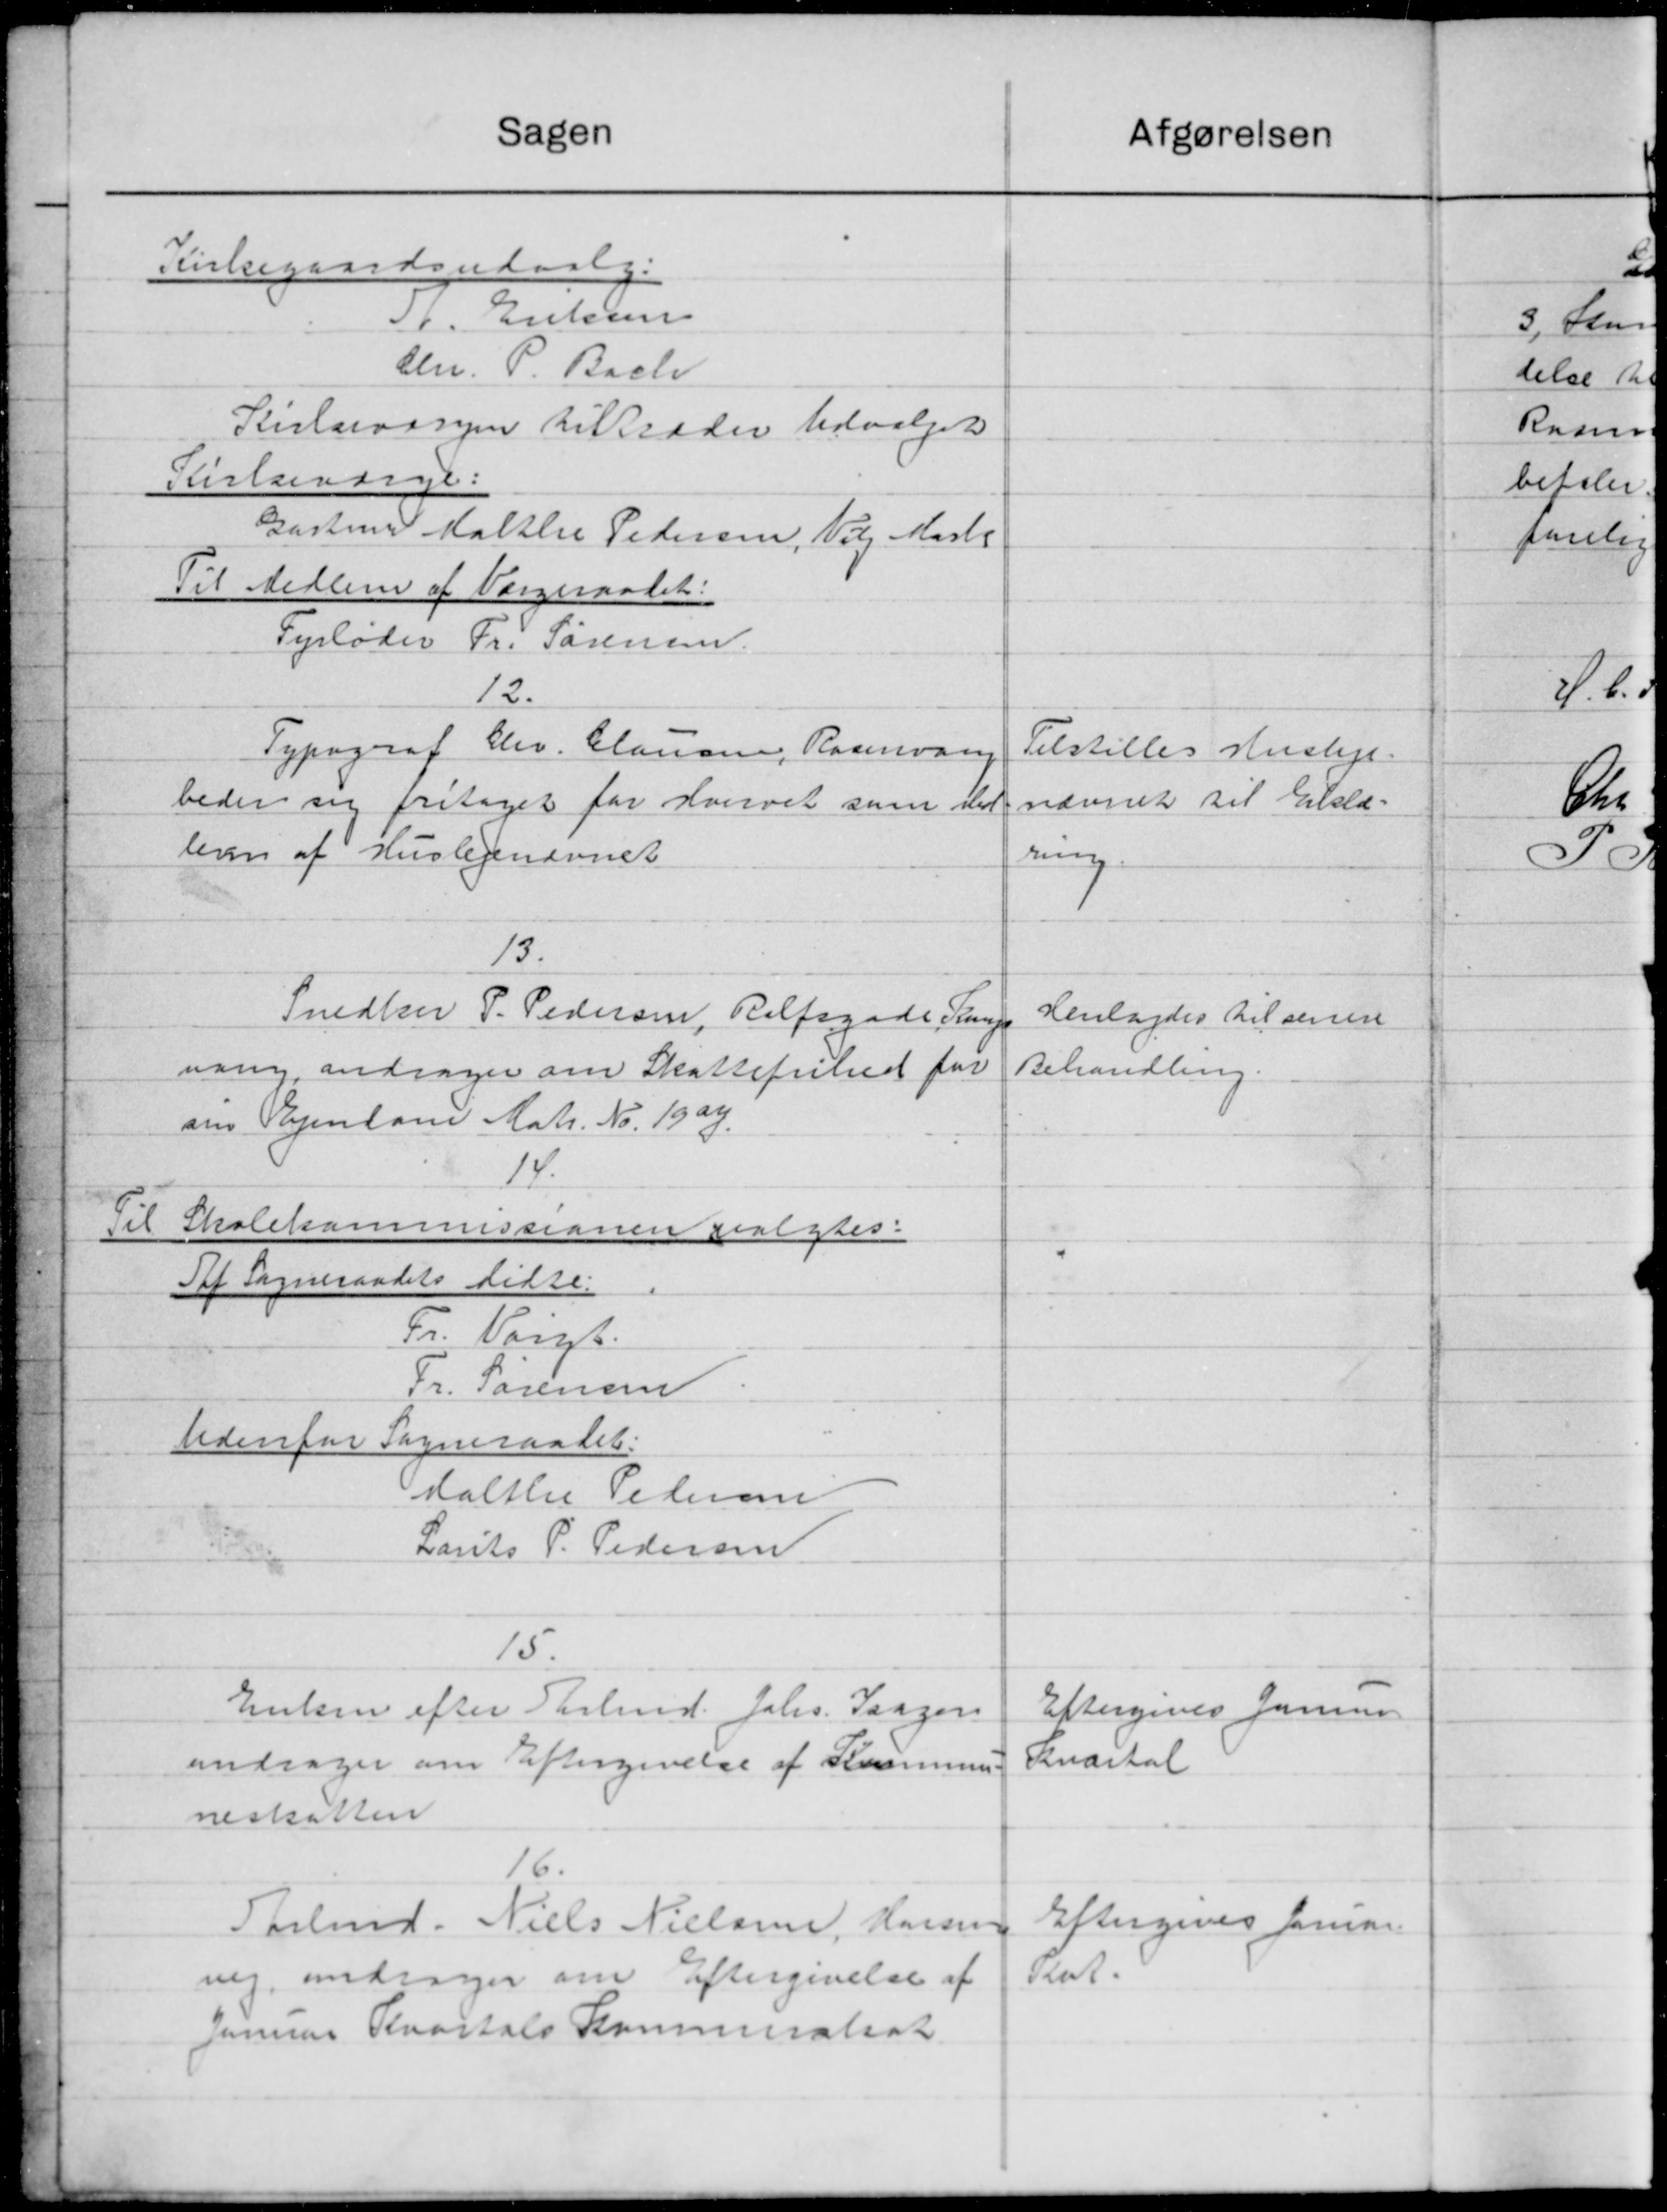
Transskription:
Sagen
Kirkegaardsudvalg.
A. Eriksen
Chr. P. Bach
Kirlarvesyn tiltræder Udvalget
Kirkeværge.
Gartner Maltlie Pedersen, Vil Marts
Til Medlem af Værgeraadet:
Fyrløder Fr. Sørensen.
12.
Typograf Chr. Clausen, Rasmusen
beder sig fritaget for Hvervet som ved
leren af Huslejenævnet
13.
Snedker P. Pedersen, Relfsgade Sage
nang, andrager om Skattefrihed for
om Vejendom Matr. Nr. 1909.
14.
Til Skolekommissionen valgtes:
Taf Sogneraadets Sidse.
Fr. Valgt.
Fr. Sørensen
Udenfor Sogneraadet.
Halthe Petersen
Larits P. Pedersen
15.
Enken efter Tarlmd. Johs. Saagen
andrager om Eftergivelse af Kommune
neskatten
16.
Tarbmd. Niels Nielsen Hansen
vig, andrager om Eftergivelse af
Januar Kvartals Kommistrat